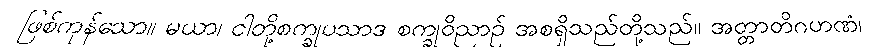
ဖြစ်ကုန်သော။ မယာ၊ ငါတို့စက္ခုပသာဒ စက္ခုဝိညာဉ် အစရှိသည်တို့သည်။ အတ္တာတိဂဟဏံ၊